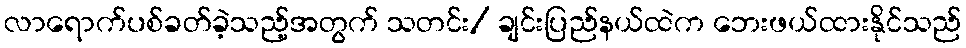
လာရောက်ပစ်ခတ်ခဲ့သည့်အတွက် သတင်း/ ချင်းပြည်နယ်ထဲက ဘေးဖယ်ထားနိုင်သည်